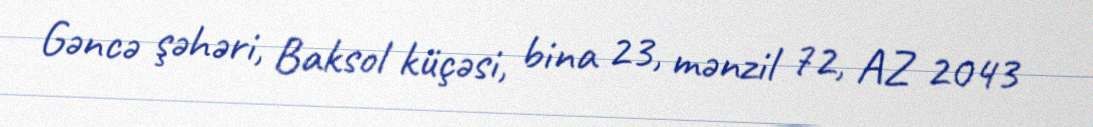
Gəncə şəhəri, Baksol küçəsi, bina 23, mənzil 72, AZ 2043